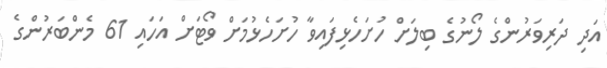
އަދި ދަރިވަރުންގެ ލޯނުގެ ބިލަށް ހުށަހެޅިފައިވާ ހުށަހެޅުމަށް ވޯޓަށް އަހައި 61 މެންބަރުންގެ